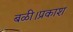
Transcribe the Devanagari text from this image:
बळी।प्रकाश